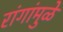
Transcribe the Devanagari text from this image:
रांगांमुळे